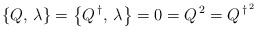
\begin{align*}\left \{ Q,\,\lambda \right \}=\left \{ Q^{\,\dagger},\,\lambda \right \} =0 = Q^{\,2} =Q^{\,\dagger^{\,2}}\end{align*}